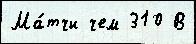
Ма́тчи чем 310 В